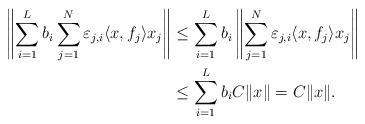
LaTeX: \begin{align*}\left\|\sum_{i=1}^{L} b_i\sum_{j=1}^N \varepsilon_{j,i} \langle x,f_j\rangle x_j \right\|&\leq \sum_{i=1}^{L} b_i\left\|\sum_{j=1}^N \varepsilon_{j,i} \langle x,f_j\rangle x_j \right\|\\ &\leq \sum_{i=1}^L b_i C\|x\|=C\|x\|.\end{align*}